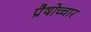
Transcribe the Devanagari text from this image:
प्रैषोच्चार